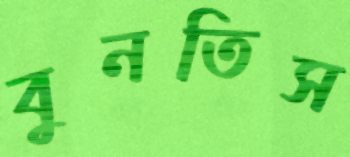
বুনতিস